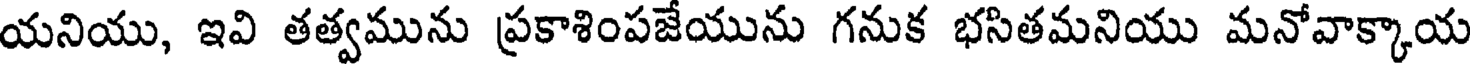
యనియు, ఇవి తత్వమును ప్రకాశింపజేయును గనుక భసితమనియు మనోవాక్కాయ